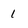
Character: 1